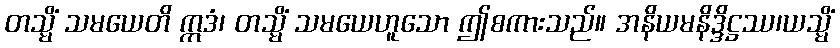
တသ္မိံ သမယေတိ ဣဒံ၊ တသ္မိံ သမယေဟူသော ဤစကားသည်။ အနိယမနိဒ္ဒိဋ္ဌဿ၊ယသ္မိံ